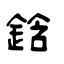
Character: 鋡